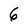
Character: 6